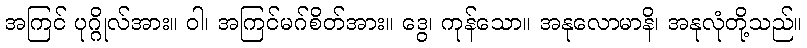
အကြင် ပုဂ္ဂိုလ်အား။ ဝါ၊ အကြင်မဂ်စိတ်အား။ ဒွေ၊ ကုန်သော။ အနုလောမာနိ၊ အနုလုံတို့သည်။